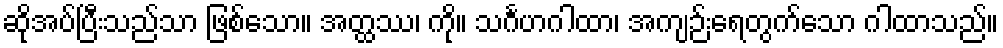
ဆိုအပ်ပြီးသည်သာ ဖြစ်သော။ အတ္ထဿ၊ ကို။ သင်္ဂဟဂါထာ၊ အကျဉ်းရေတွက်သော ဂါထာသည်။